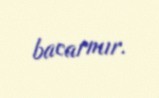
bacarmır.